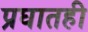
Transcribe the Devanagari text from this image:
प्रघातही